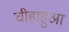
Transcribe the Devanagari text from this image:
चीहाहुआ